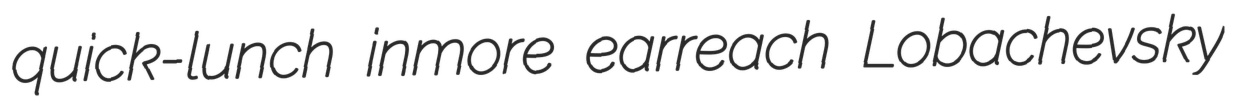
quick-lunch inmore earreach Lobachevsky